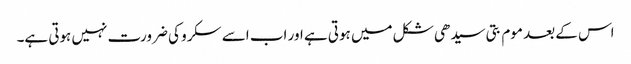
اس کے بعد موم بتی سیدھی شکل میں ہوتی ہے اور اب اسے سکرو کی ضرورت نہیں ہوتی ہے۔